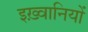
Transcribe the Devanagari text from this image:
इख़्वानियों